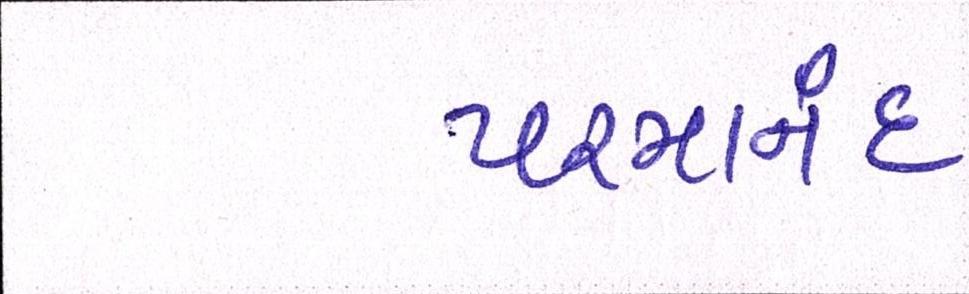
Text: પરમાનંદ